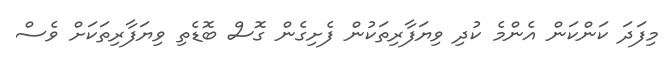
މިފަދަ ކަންކަން އެންމެ ކުދި ވިޔަފާރިތަކުން ފެށިގެން ގޮސް ބޮޑެތި ވިޔަފާރިތަކަށް ވެސް